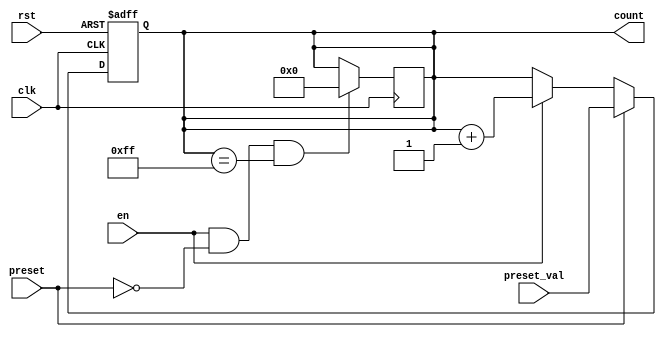
module presettable_counter #(
    parameter WIDTH = 8 // Define the width of the counter (default is 8 bits)
)(
    input wire clk,                // Clock signal
    input wire rst,                // Asynchronous reset signal
    input wire preset,             // Preset control signal
    input wire [WIDTH-1:0] preset_val, // Value to load when preset is active
    input wire en,                 // Enable signal for counting
    output reg [WIDTH-1:0] count   // Current count value
);

    // Asynchronous reset and preset logic
    always @(posedge clk or posedge rst) begin
        if (rst) begin
            count <= 0; // Reset the counter to zero
        end else if (preset) begin
            count <= preset_val; // Load the preset value
        end else if (en) begin
            count <= count + 1; // Increment the counter
        end
    end

    // Handle wrap around
    always @(posedge clk) begin
        if (en && !preset && (count == {WIDTH{1'b1}})) begin
            count <= 0; // Wrap around when maximum value is reached
        end
    end

endmodule